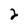
Character: 2